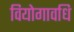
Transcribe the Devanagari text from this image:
वियोगावधि